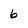
Character: 6